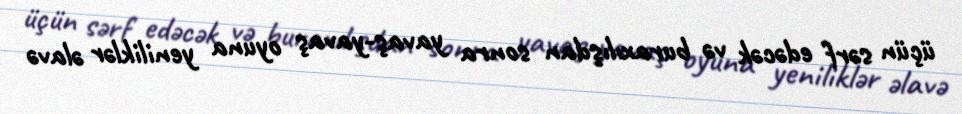
üçün sərf edəcək və buraxılışdan sonra yavaş-yavaş oyuna yeniliklər əlavə